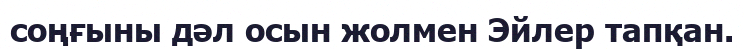
соңғыны дәл осын жолмен Эйлер тапқан.